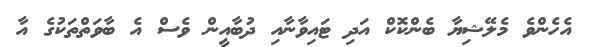
އެހެންވެ މެލޭޝިޔާ ބެންކޮކް އަދި ޓައިވާނާއި ދުބާއީން ވެސް އެ ބާވަތްތަކުގެ އާ